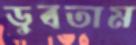
ডুবতাম